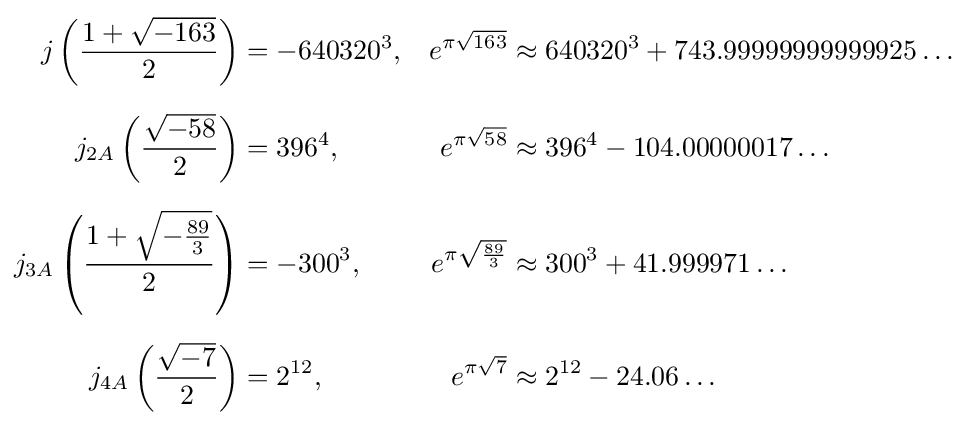
{\begin{aligned}j\left({\frac {1+{\sqrt {-163}}}{2}}\right)&=-640320^{3},&e^{\pi {\sqrt {163}}}&\approx 640320^{3}+743.99999999999925\dots \\[6pt]j_{2A}\left({\frac {\sqrt {-58}}{2}}\right)&=396^{4},&e^{\pi {\sqrt {58}}}&\approx 396^{4}-104.00000017\dots \\[6pt]j_{3A}\left({\frac {1+{\sqrt {-{\frac {89}{3}}}}}{2}}\right)&=-300^{3},&e^{\pi {\sqrt {\frac {89}{3}}}}&\approx 300^{3}+41.999971\dots \\[6pt]j_{4A}\left({\frac {\sqrt {-7}}{2}}\right)&=2^{12},&e^{\pi {\sqrt {7}}}&\approx 2^{12}-24.06\dots \end{aligned}}